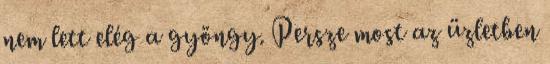
nem lett elég a gyöngy. Persze most az üzletben